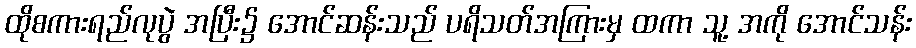
ထိုစကားရည်လုပွဲ အပြီး၌ အောင်ဆန်းသည် ပရိသတ်အကြားမှ ထကာ သူ့ အကို အောင်သန်း